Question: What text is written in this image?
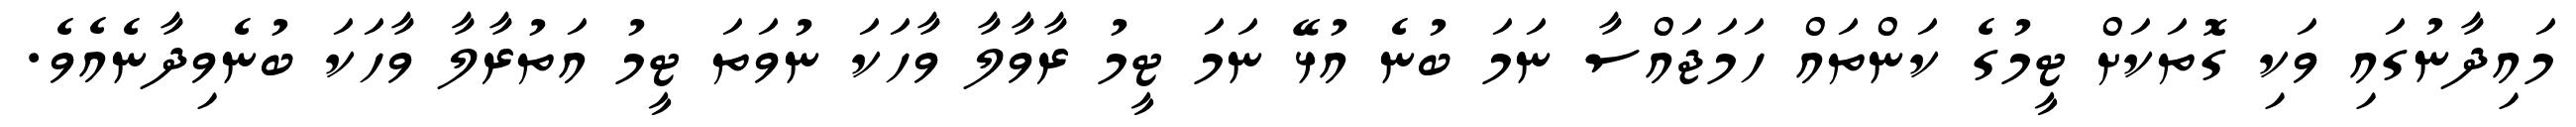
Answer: މައިދާނުގައި ވަކި ގޮތަކަށް ޓީމުގެ ކަންތައް ހަމަޖައްސާ ނަމަ ބުނެ އުޅޭ ނަމަ ޓީމު ރާވާލާ ވާހަކަ ނުވަތަ ޓީމު އަތުރާލާ ވާހަކަ ބުނެވިދާނެއެވެ.